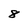
Character: 8